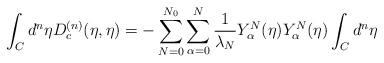
LaTeX: \begin{align*}\int_{C}{d^n}{\eta}D_{c}^{(n)}(\eta,{\eta}) = -\sum_{N=0}^{N_0}\sum_{\alpha=0}^{N}\frac{1}{\lambda_N}Y_{\alpha}^N({\eta})Y_{\alpha}^N({\eta})\int_{C}{d^n}{\eta}\end{align*}